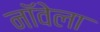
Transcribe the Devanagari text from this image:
नॉवेला